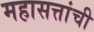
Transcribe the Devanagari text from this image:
महासत्तांची